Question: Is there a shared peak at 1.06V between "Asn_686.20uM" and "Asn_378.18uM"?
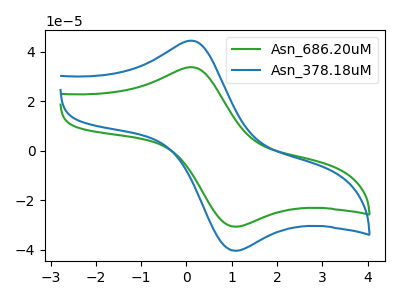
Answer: <think>The green curve "Asn_686.20uM" has an anodic peak at (0.15V, 33.70uA) and a cathodic peak at (1.05V, -30.70uA). The blue curve "Asn_378.18uM" has an anodic peak at (0.15V, 44.40uA) and a cathodic peak at (1.05V, -40.40uA).</think>
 <answer>Yes, "Asn_686.20uM" and "Asn_378.18uM" share a peak at 1.06V.</answer>
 <eval>match</eval>